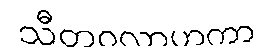
သီတဝလာဟကာ